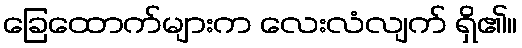
ခြေထောက်များက လေးလံလျက် ရှိ၏။